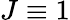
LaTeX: J\equiv 1